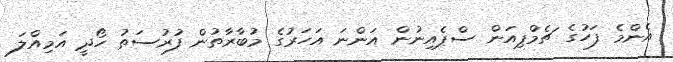
އެންމެ ފަހުގެ ޗެމްޕިއަން ސްޕެއިނުން އަންނަ އަހަރުގެ މުބާރާތުން ފުރުސަތު ހޯދީ އަމިއްލަ